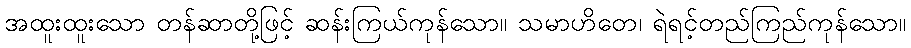
အထူးထူးသော တန်ဆာတို့ဖြင့် ဆန်းကြယ်ကုန်သော။ သမာဟိတေ၊ ရဲရင့်တည်ကြည်ကုန်သော။